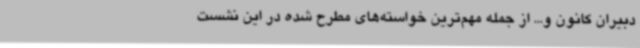
دبیران کانون و... از جمله مهم‌ترین خواسته‌های مطرح شده در این نشست